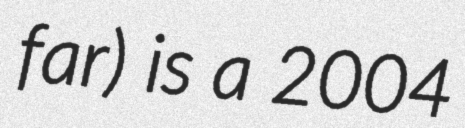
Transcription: far) is a 2004